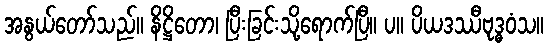
အနွယ်တော်သည်။ နိဋ္ဌိတော၊ ပြီးခြင်းသို့ရောက်ပြီ။ ပ။ ပိယဒဿီဗုဒ္ဓဝံသ။